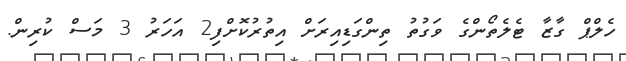
ހެލްޕް ގާޒާ ޓެލެތޯންގެ ވަގުތު ތިންގަޑިއިރަށް އިތުރުކޮށްފި2 އަހަރު 3 މަސް ކުރިން.